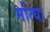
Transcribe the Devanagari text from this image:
मोत्या